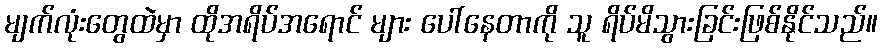
မျက်လုံးတွေထဲမှာ ထိုအရိပ်အရောင် များ ပေါ်နေတာကို သူ ရိပ်မိသွားခြင်းဖြစ်နိုင်သည်။